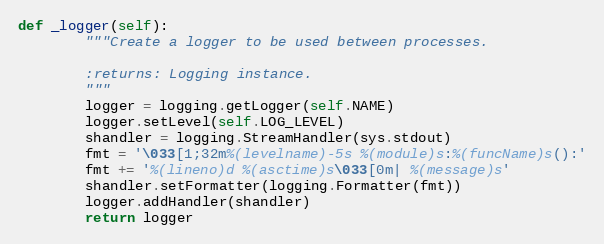
Language: Python
def _logger(self):
        """Create a logger to be used between processes.

        :returns: Logging instance.
        """
        logger = logging.getLogger(self.NAME)
        logger.setLevel(self.LOG_LEVEL)
        shandler = logging.StreamHandler(sys.stdout)
        fmt = '\033[1;32m%(levelname)-5s %(module)s:%(funcName)s():'
        fmt += '%(lineno)d %(asctime)s\033[0m| %(message)s'
        shandler.setFormatter(logging.Formatter(fmt))
        logger.addHandler(shandler)
        return logger